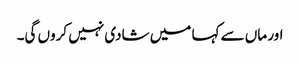
اور ماں سے کہا میں شادی نہیں کروں گی۔